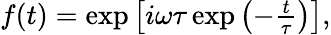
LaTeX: \begin{array}{r}{f(t)=\exp\left[i\omega\tau\exp\left(-\frac{t}{\tau}\right)\right],}\end{array}